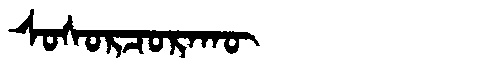
Manchu: ᠰᠣᠰᠣᡵᠴᠣᡵᠠᡴᡡ
Romanization: SOSORCORAKŪ